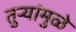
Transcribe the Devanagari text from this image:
तुऱ्यांमुळे